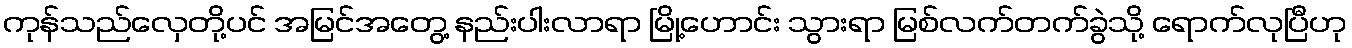
ကုန်သည်လှေတို့ပင် အမြင်အတွေ့ နည်းပါးလာရာ မြို့ဟောင်း သွားရာ မြစ်လက်တက်ခွဲသို့ ရောက်လုပြီဟု